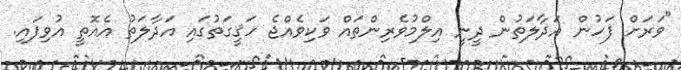
"ވަރަށް ފަހުން އަދާލަތުން ދީނީ އިލްމުވެރިންތައް ވަކިވެއްޖެ ހަޤީގަތުގައި އަދާލަތު އެއޮތީ އުވިފައި.